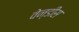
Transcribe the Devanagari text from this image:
वेन्डीस